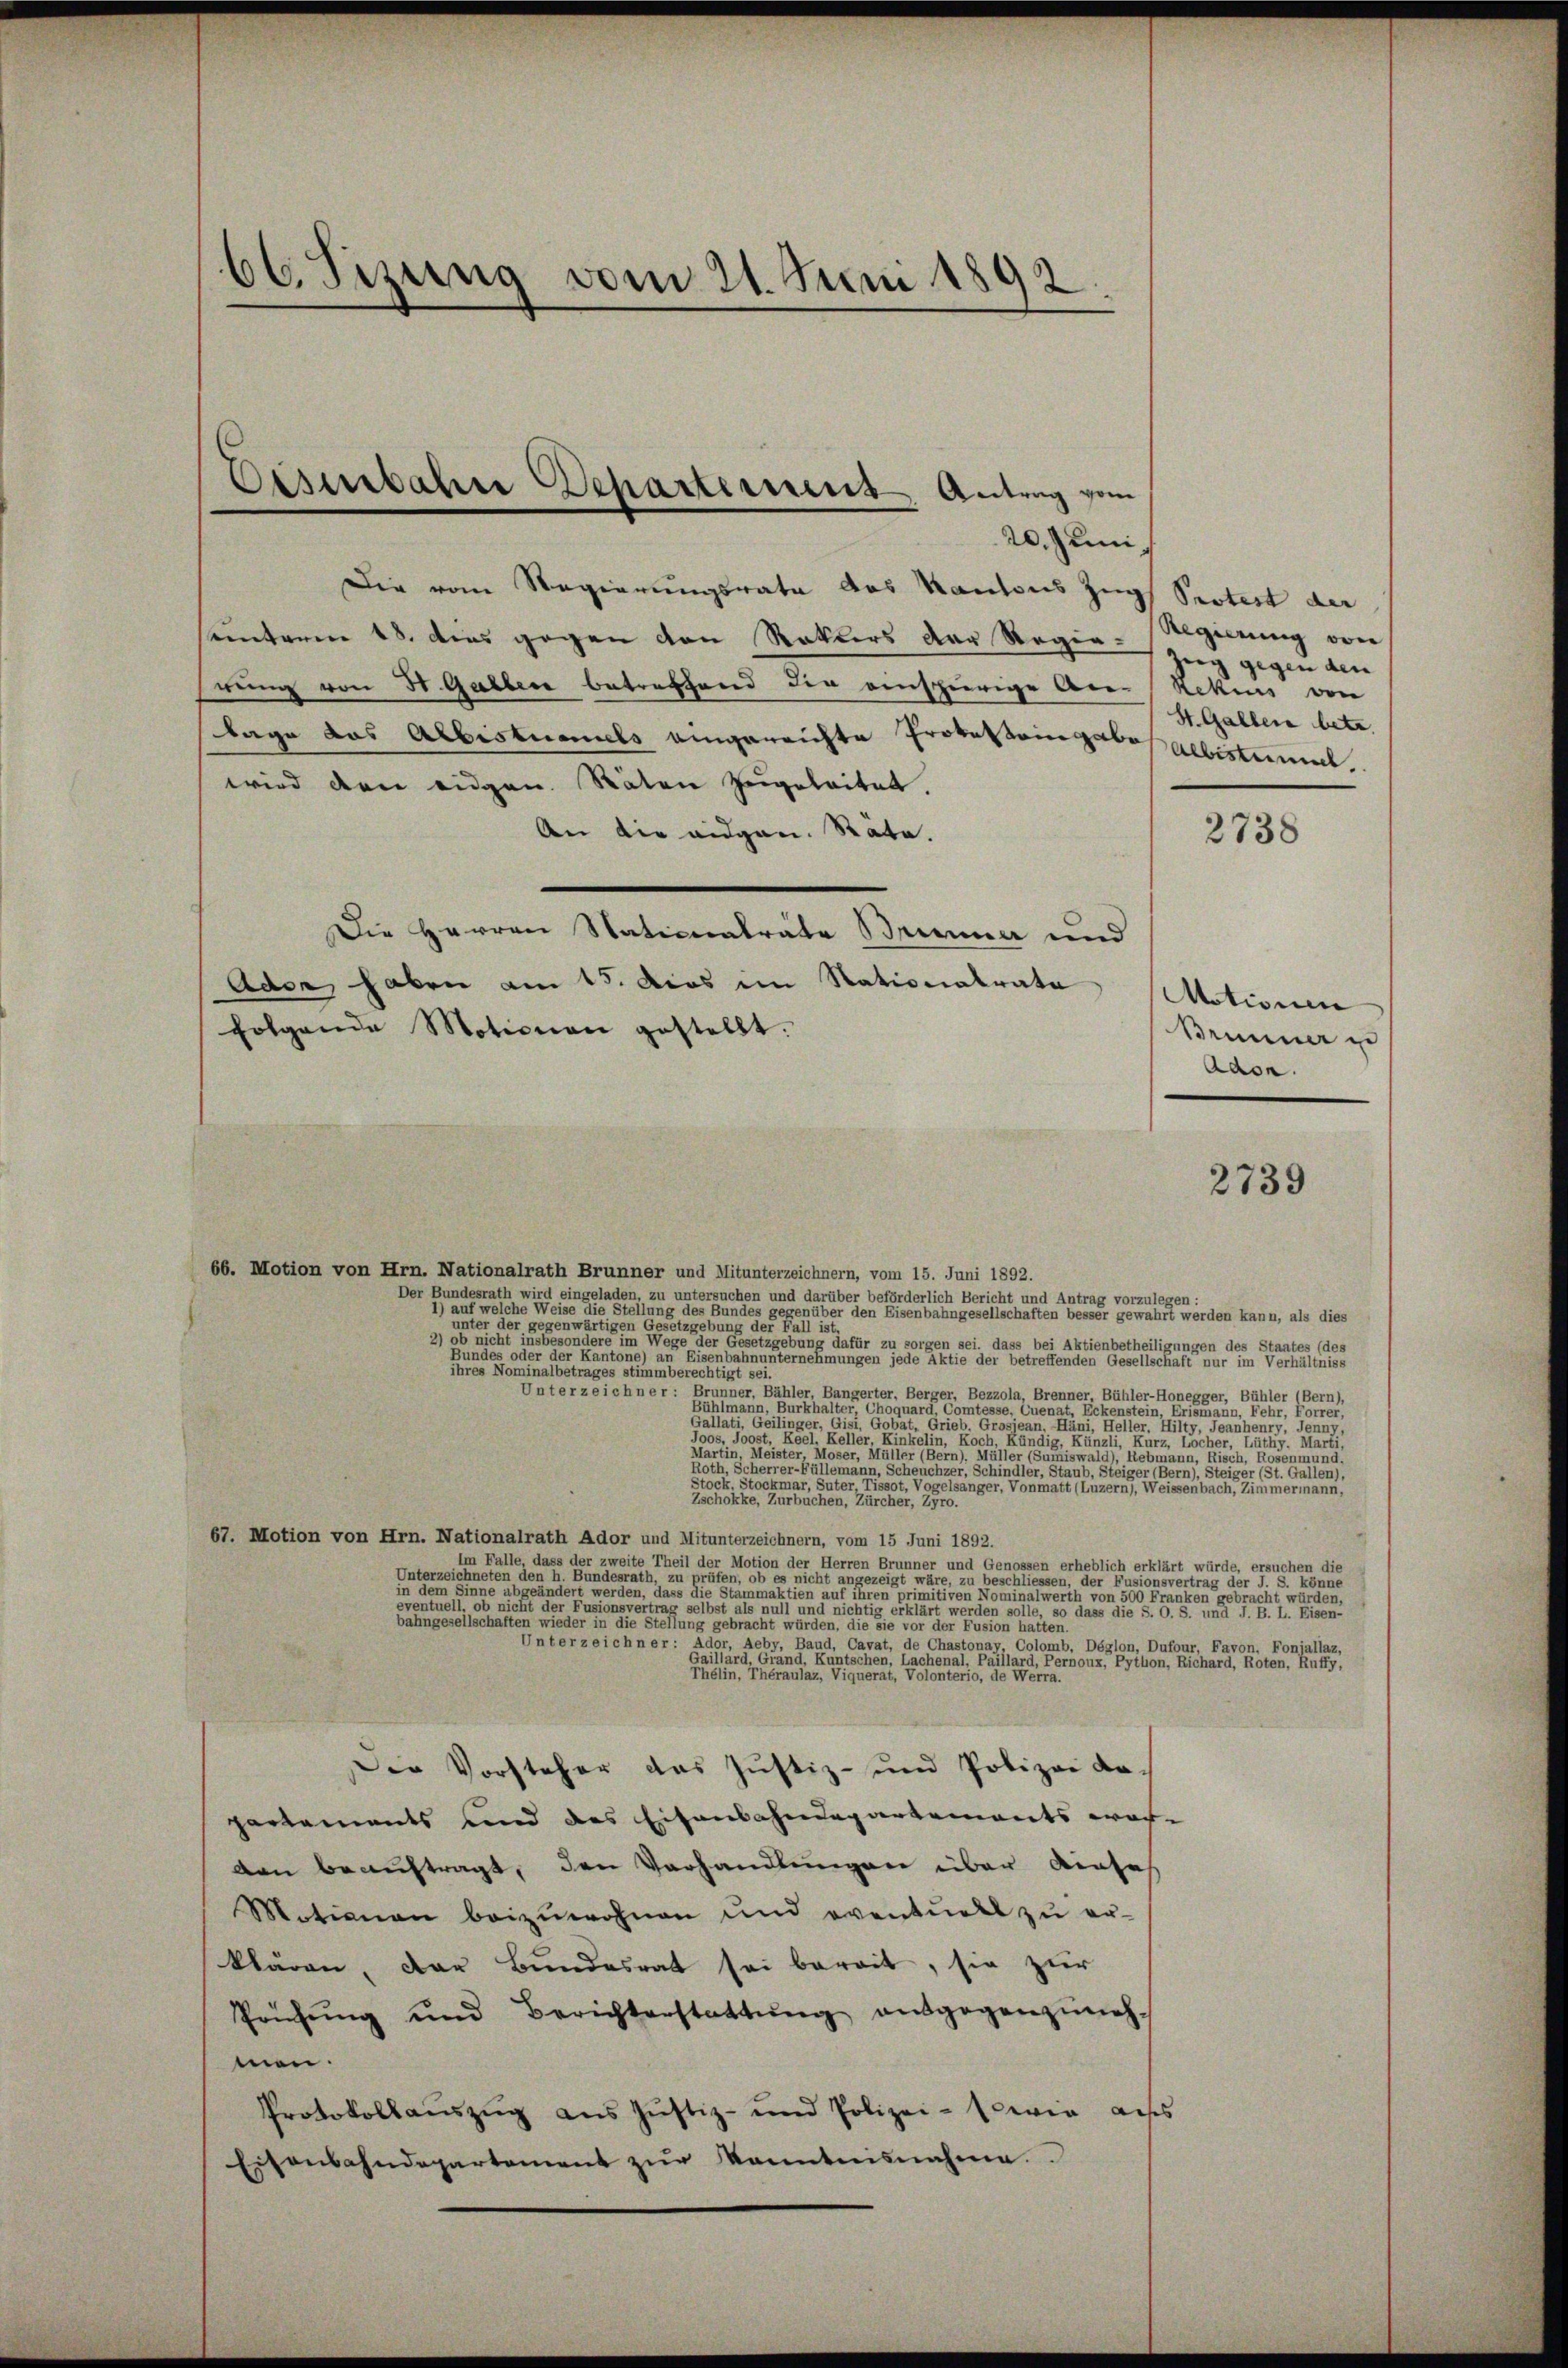
66. Pisung vom 21. Juni 1892.

20. Juni
Die vom Regierungsrate des Kantons Zug Protest der
sunterm 18. dies gegen von Rotters der Regen Zeig gegen den
rung von 50 Garben betreffend die einsherige An- Rekurs von
lage das Albistummels eingereichte Protestaingabe Albistummt.
wird den eidgen. Räten zugeleitet.
An die eidgen. Räte.
Die Herren Nationalräte Brunner und
Ader haben am 15. dies im Stationalrate
folgende Motionen gestellt.
66. Motion von Hrn. Nationalrath Brunner und Mitunterzeichnern, vom 15. Juni 1892.
Der Bundesrath wird eingeladen, zu untersuchen und darüber beförderlich Bericht und Antrag vorzulegen
 einen einen werden sich eine Weise einen eine Stellung des Bundes gegenüber den Eisenbahngesellschaften besser gewahrt werden kann, als dies
eter der gegenwärtigen Gesetzgebung der Falle
2) ob nicht insbesondere im Wege der Gesetzgebung dafür zu sorgen sei. dass bei Aktienbetheiligungen des Staates (des
  er der                                                                                der betretenden Geselben eine eine eine er in der einen eine
ihres Nominalbetrages Stimmberechtigt unte
Unterzeichner: Brunner, Bähler, Bangerter, Berger, Bezzola, Brenner Bühler-Honegger, Bühler (Bern),
Bühlmann, Burkhalte eine nouard Comtesse, Cuenat, Eckenstein, Erismann, der Fre
Gallati, Geilinger
                                                                               den
dos, Joost, Re
                          keine, die eine eine er einer einer Stati
i                                                                      Rebmann, diesen, Besinnung.
Roth, Scherrer-Füllemann, Scheuchzer, Schindler, Staub, Steiger sei es seine Steiger St. Galle
                                                                        Weisen bei der einer einer eine
                            250
67. Motion von Hrn. Nationalrath Ador und Mitunterzeichnern, vom 15 Juni 1892.
m Falle, dass der zweite Theil der Motion der Herren Brunner und Genossen erheblich erklärt würde, ersuchen die
Unterzeichneten den h. Bundesrath, zu prüfen, ob es nicht angezeigt wäre, zu beschliessen, der Fusionsvertrag der J. S. könne
ind die einen eine eine einen einen abgesehenden eine eine einen diesen eine dass die Stämmaktien auf ihren primitiven Nominalwerth von 500 Franken gebracht würden,
                                           vertrag gebot als Ball und nichtig erklärt
dee eine eine alten, wieder einer einer seine angen gericht werden, die die von der er seiner eine
Unterzeichner: Ador, Aeby, Baud, Cavat, de Chastonay, Colomb, Déglon, Dufour, Favon, Foniallaz,
Gaillard Grand, Kuntschen, Lachenal, Faillard, Pernoux, Pytlion, Richard, Roten, Ruffy,
                                 gerat, volonterie, die er eine
Die Vorsteher das Justiz- und Polizei dapartements und des Eisenbahndepartements war-
den beauftragt, den Vorhandlungen über diese
Motionen beizuwohnen und eventuell zu er-
klären, der Bundesrat sei bereit, sie zur
Prüfŭng und Berichterstattŭng ausgegenzuneh-
men.
Protokollauszug aus Justiz- und Polizei- sowie aus
Eisenbahndepartement zŭr Kenntnisnahme

Eisenbahn Departement Antrag vom

Regierung von
St. Galler betr.

Motionen
Brunner u
Adon.

2738

2739